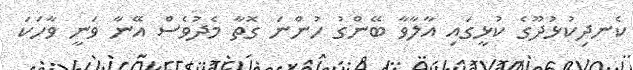
ކެނދިކުޅުދޫގެ ކުޅީގައި އާލާވާ ބޭންގު ހުންނަ ގޮތާ މެދުވެސް އޭނާ ވަނީ ވާހަކަ